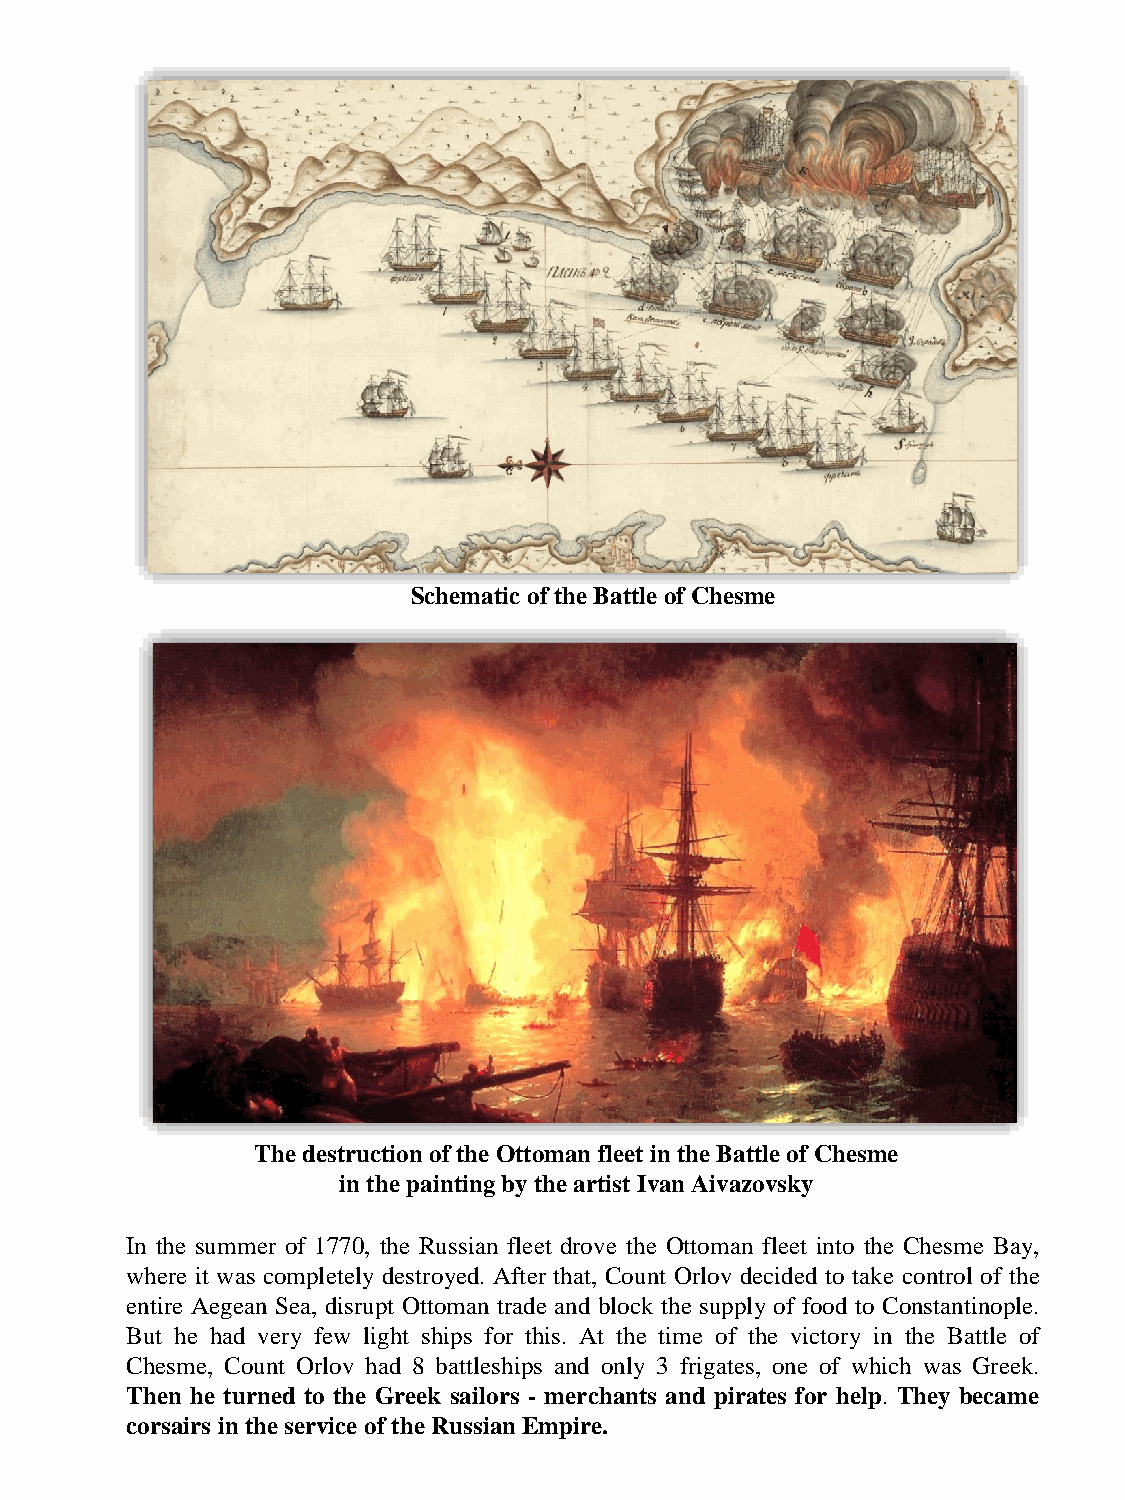
Schematic of the Battle of Chesme
 The destruction of the Ottoman fleet in the Battle of Chesme
 in the painting by the artist Ivan Aivazovsky
 In the summer of 1770, the Russian fleet drove the Ottoman fleet into the Chesme Bay,
 where it was completely destroyed. After that, Count Orlov decided to take control of the
 entire Aegean Sea, disrupt Ottoman trade and block the supply of food to Constantinople.
 But he had very few light ships for this. At the time of the victory in the Battle of
 Chesme, Count Orlov had 8 battleships and only 3 frigates, one of which was Greek.
 Then he turned to the Greek sailors - merchants and pirates for help. They became
 corsairs intheservice ofthe RussianEmpire.